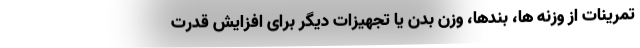
تمرینات از وزنه ها، بندها، وزن بدن یا تجهیزات دیگر برای افزایش قدرت